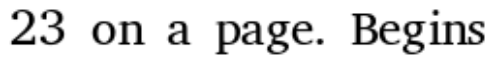
23 on a page. Begins